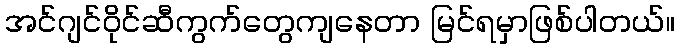
အင်ဂျင်ဝိုင်ဆီကွက်တွေကျနေတာ မြင်ရမှာဖြစ်ပါတယ်။